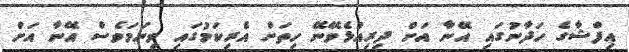
އިފްޝާގެ ހަދާނުގައި އޭނާ އަށް ދިރިއުޅެވޭނޭ ހިތަށް އެރިކަމުގައި ވިނަމަވެސް އޭނާ އަށް